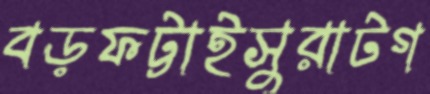
বড়ফট্টাইসুরাটগ